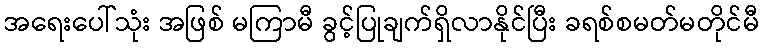
အရေးပေါ်သုံး အဖြစ် မကြာမီ ခွင့်ပြုချက်ရှိလာနိုင်ပြီး ခရစ်စမတ်မတိုင်မီ